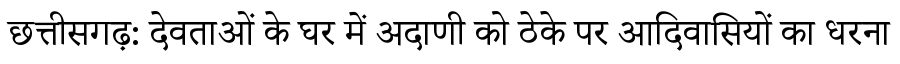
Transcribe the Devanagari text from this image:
छत्तीसगढ़: देवताओं के घर में अदाणी को ठेके पर आदिवासियों का धरना